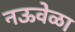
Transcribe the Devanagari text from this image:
नऊवेळा